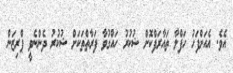
އެވެ. އެއަށްފަހު ހަފްލާ ތައާރަފްކޮށް ޝުކުރު ހައްގުވާ ފަރާތްތަކަށް ޝުކުރު ދެންނެވީ ޕްރިޒަން